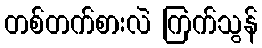
တစ်တက်စားလဲ ကြက်သွန်